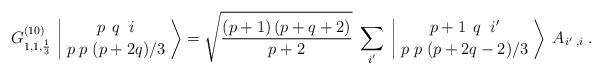
LaTeX: \begin{align*}G^{(10)}_{1,1,{1\over3}}\,\left| \, {p\;\,q\;\; i \atop p\;p\;(p + 2q)/3}\, \right\rangle=\sqrt{{(p + 1)\, (p + q + 2)}\over{p + 2}}\;\sum_{i'}\;\left| \, {p+1\;\,q\;\; i' \atop p\;p\; (p + 2q - 2)/3}\,\right\rangle \;A_{i'\;, i}\; .\end{align*}